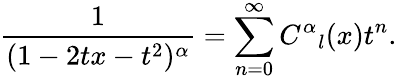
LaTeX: \frac{1}{(1-2tx-t^{2})^{\alpha}}=\sum_{n=0}^{\infty}C^{\alpha}{}_{l}(x)t^{n}.